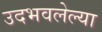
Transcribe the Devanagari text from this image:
उदभवलेल्या